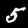
Digit: 5